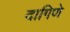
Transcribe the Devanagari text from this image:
दागिणे